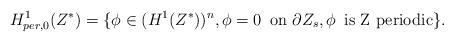
LaTeX: \begin{align*}H_{per,0}^{1}(Z^{\ast})=\{\phi\in(H^{1}(Z^{\ast}))^{n},\phi=0\,\hbox { on }\partial Z_{s},\phi\,\hbox { is Z periodic}\}.\end{align*}